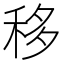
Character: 移